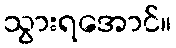
သွားရအောင်။